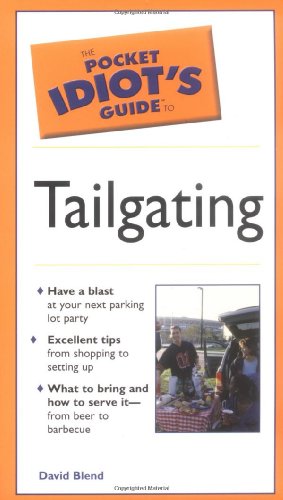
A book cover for Pocket Idiot's Guide To Tailgating; David Blend; Cookbooks, Food & Wine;